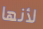
لأنها